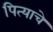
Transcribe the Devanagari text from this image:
पित्‍याचे